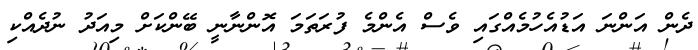
ދެން އަންނަ އަޑުއެހުމެއްގައި ވެސް އެންމެ ފުރަތަމަ އޮންނާނީ ބޭންކަށް މިއަދު ނުދެއްކި